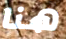
هنا